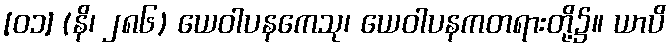
[၀၁] (နိ၊ ၂၈၆) ယေဝါပနကေသု၊ ယေဝါပနကတရားတို့၌။ ယာပိ